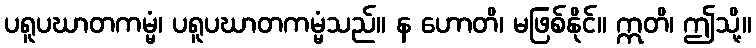
ပရူပဃာတကမ္မံ၊ ပရူပဃာတကမ္မံသည်။ န ဟောတိ၊ မဖြစ်နိုင်။ ဣတိ၊ ဤသို့။